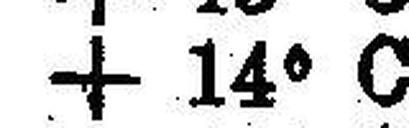
+ 14° C